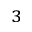
_ 3